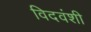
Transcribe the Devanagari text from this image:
विदवंशी